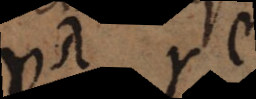
u r